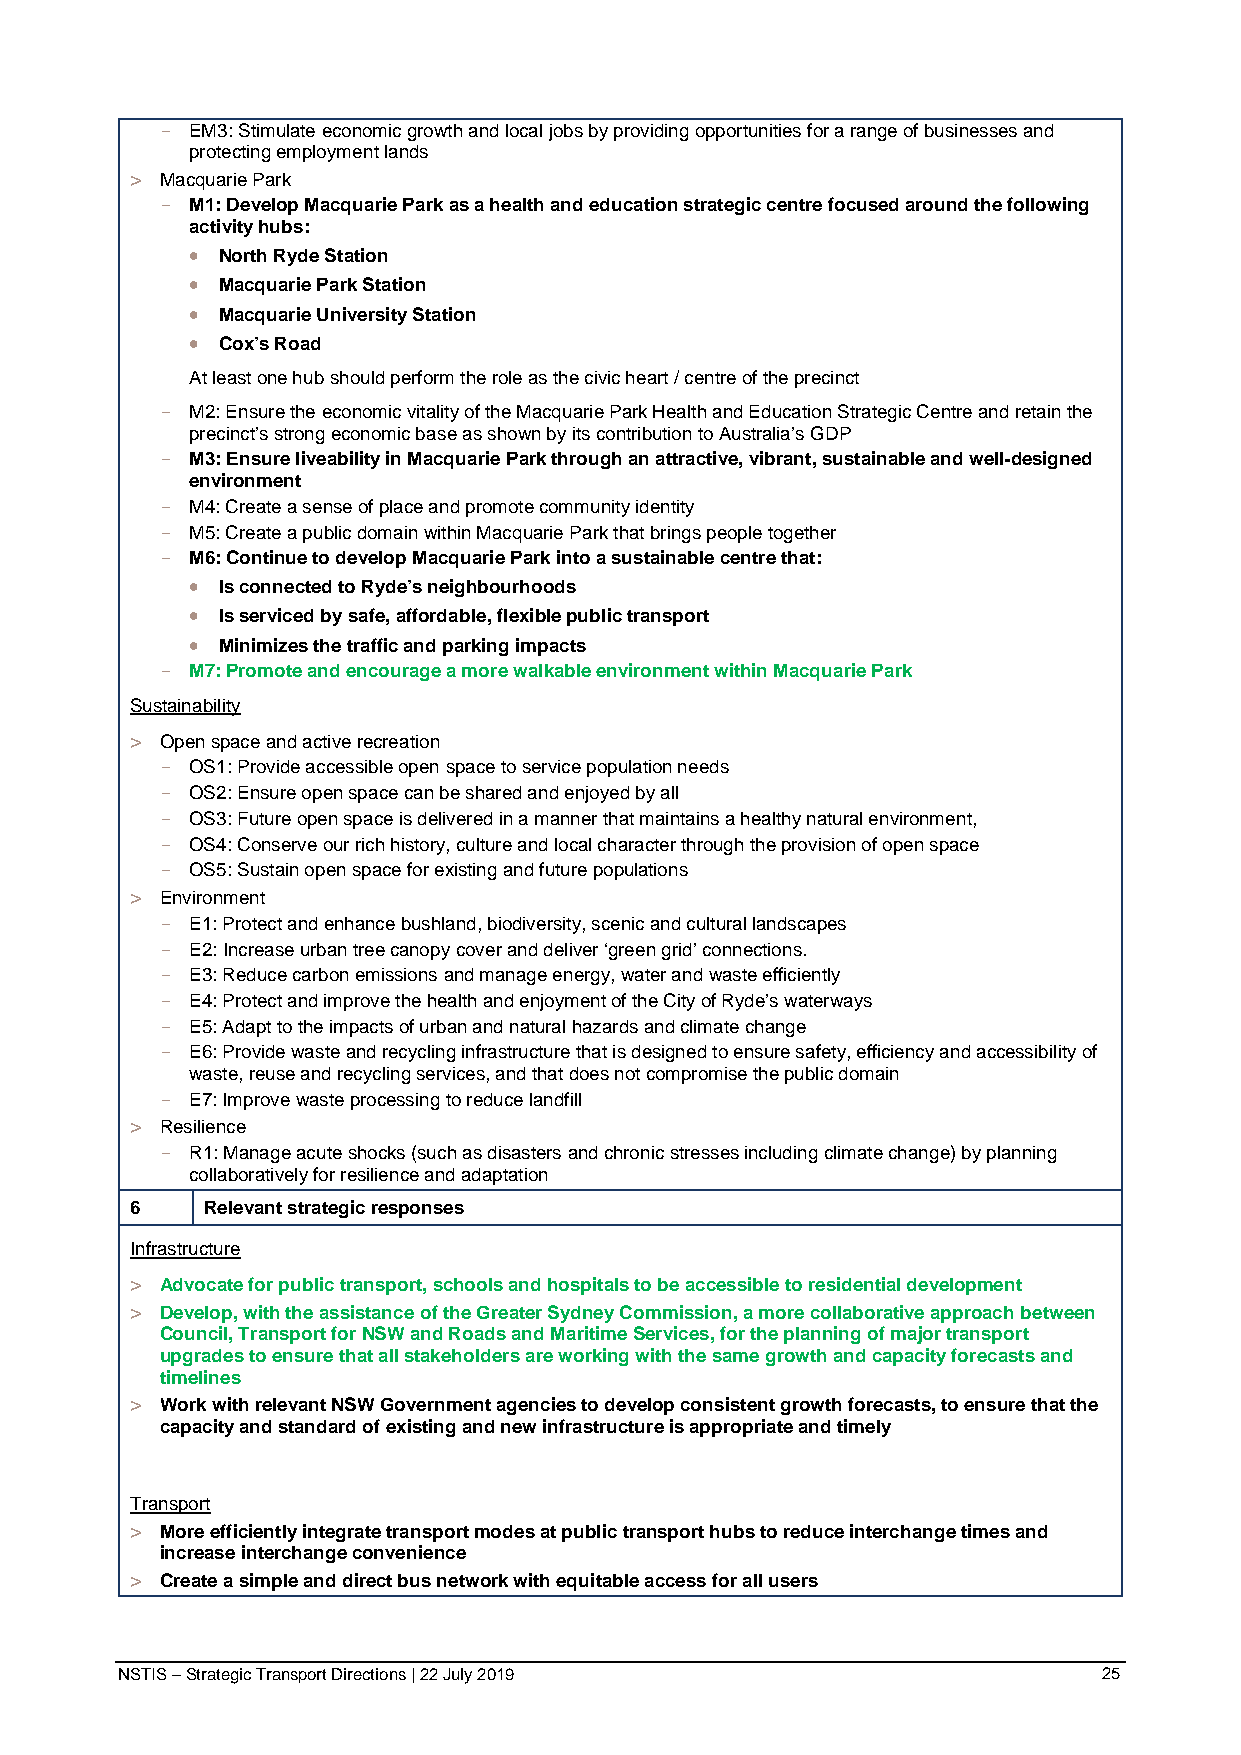
- EM3: Stimulate economic growth and local jobs by providing opportunities for a range of businesses and
 protecting employment lands
 > Macquarie Park
 - M1: Develop Macquarie Park as a health and education strategic centre focused around the following
 activity hubs:
 • North Ryde Station
 • Macquarie Park Station
 • Macquarie University Station
 • Cox’s Road
 At least one hub should perform the role as the civic heart / centre of the precinct
 - M2: Ensure the economic vitality of the Macquarie Park Health and Education Strategic Centre and retain the
 precinct’s strong economic base as shown by its contribution to Australia’s GDP
 - M3: Ensure liveability in Macquarie Park through an attractive, vibrant, sustainable and welldesigned
 environment
 - M4: Create a sense of place and promote community identity
 ‑
 - M5: Create a public domain within Macquarie Park that brings people together
 - M6: Continue to develop Macquarie Park into a sustainable centre that:
 • Is connected to Ryde’s neighbourhoods
 • Is serviced by safe, affordable, flexible public transport
 • Minimizes the traffic and parking impacts
 - M7: Promote and encourage a more walkable environment within Macquarie Park
 Sustainability
 > Open space and active recreation
 - OS1: Provide accessible open space to service population needs
 - OS2: Ensure open space can be shared and enjoyed by all
 - OS3: Future open space is delivered in a manner that maintains a healthy natural environment,
 - OS4: Conserve our rich history, culture and local character through the provision of open space
 - OS5: Sustain open space for existing and future populations
 > Environment
 - E1: Protect and enhance bushland, biodiversity, scenic and cultural landscapes
 - E2: Increase urban tree canopy cover and deliver ‘green grid’ connections.
 - E3: Reduce carbon emissions and manage energy, water and waste efficiently
 - E4: Protect and improve the health and enjoyment of the City of Ryde’s waterways
 - E5: Adapt to the impacts of urban and natural hazards and climate change
 - E6: Provide waste and recycling infrastructure that is designed to ensure safety, efficiency and accessibility of
 waste, reuse and recycling services, and that does not compromise the public domain
 - E7: Improve waste processing to reduce landfill
 > Resilience
 - R1: Manage acute shocks (such as disasters and chronic stresses including climate change) by planning
 collaboratively for resilience and adaptation
 6   Relevant strategic responses
 Infrastructure
 > Advocate for public transport, schools and hospitals to be accessible to residential development
 > Develop, with the assistance of the Greater Sydney Commission, a more collaborative approach between
 Council, Transport for NSW and Roads and Maritime Services, for the planning of major transport
 upgrades to ensure that all stakeholders are working with the same growth and capacity forecasts and
 timelines
 > Work with relevant NSW Government agencies to develop consistent growth forecasts, to ensure that the
 capacity and standard of existing and new infrastructure is appropriate and timely
 Transport
 > More efficiently integrate transport modes at public transport hubs to reduce interchange times and
 increase interchange convenience
 > Create a simple and direct bus network with equitable access for all users
 NSTIS – Strategic Transport Directions | 22 July 2019            25